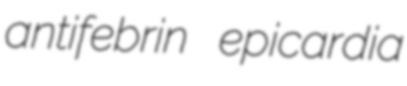
antifebrin epicardia